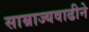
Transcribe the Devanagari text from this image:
साम्राज्यवाढीने